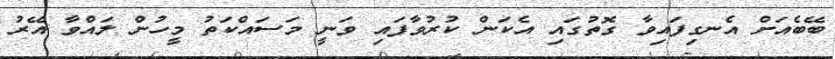
ބޭބެއަށް އެނގިފައިވާ ގޮތުގައި އެކަން ކުރުވާފައި ވަނީ މަސައްކަތު މީހުން ލައްވާ އޭރު